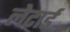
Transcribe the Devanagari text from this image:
लेटार्ड